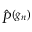
{ \hat { P } } ^ { ( g _ { n } ) }